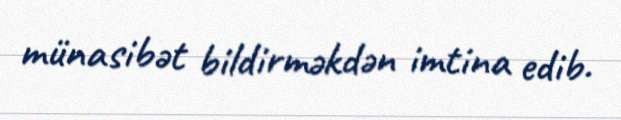
münasibət bildirməkdən imtina edib.